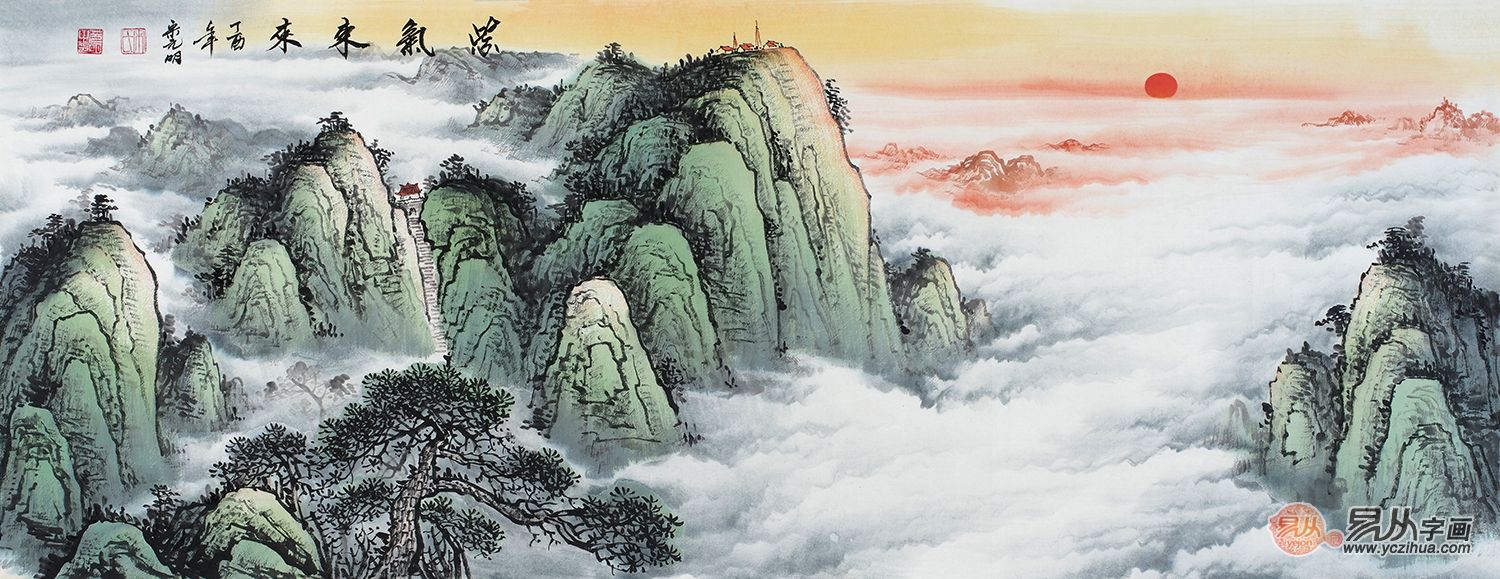
人间万事，毫发常重泰山轻。